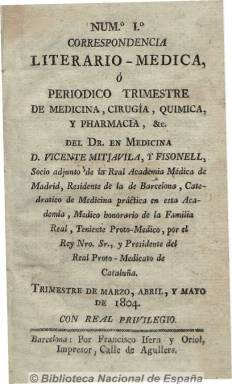
Título: Correspondencia literario-médica o Periódico trimestre de medicina, cirugía, química y pharmacia, & c.
Otros títulos: Correspondencia literario médica o Periódico trimestre de medicina, cirugía, química y pharmacia, & c. || Periódico trimestre de medicina, cirujía, química y farmacia, & c.
Colección: Medicina
Ámbito geográfico: Barcelona
Lugar de publicación: Barcelona
Fechas: 01/03/1804-30/06/1804

Publicado por el doctor barcelonés Vicente Mitjavila y Fisonell (1759-1805), socio adjunto de la Real Academia Médica de Madrid, catedrático y médico honorario de la Familia Real, que ya había publicado Semestre médico-clínico en el último tercio del siglo XVIII. Esta correspondencia fue estampada con real privilegio en la imprenta barcelonesa de Francisco Ifern y Oriol, en octavo. Su colección en la Biblioteca Nacional de España consta de dos tomos, correspondientes al segundo y tercer trimestres de 1804, de más de trescientas páginas cada uno, con un índice al final. Contiene artículos, memorias y extractos de las materias expresadas en su título, además de otros de higiene o fisiología, de autores tanto extranjeros como españoles. El número dos contiene también un calendario y una tabla de abreviaturas médicas, al final. Era distribuido sólo por suscripción. Hasta 1820 no reaparecieron en España nuevos títulos de prensa médica y farmacéutica.